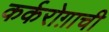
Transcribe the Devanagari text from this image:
कर्करोग़ाची